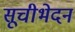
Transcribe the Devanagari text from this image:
सूचीभेदन